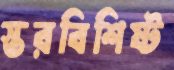
স্তরবিশিষ্ট